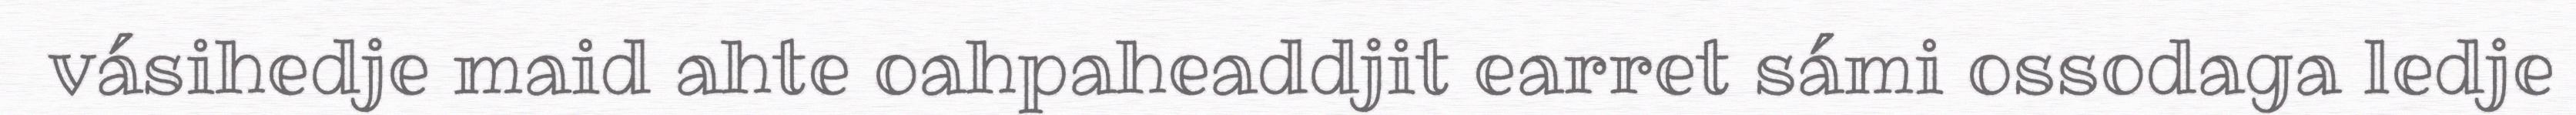
vásihedje maid ahte oahpaheaddjit earret sámi ossodaga ledje